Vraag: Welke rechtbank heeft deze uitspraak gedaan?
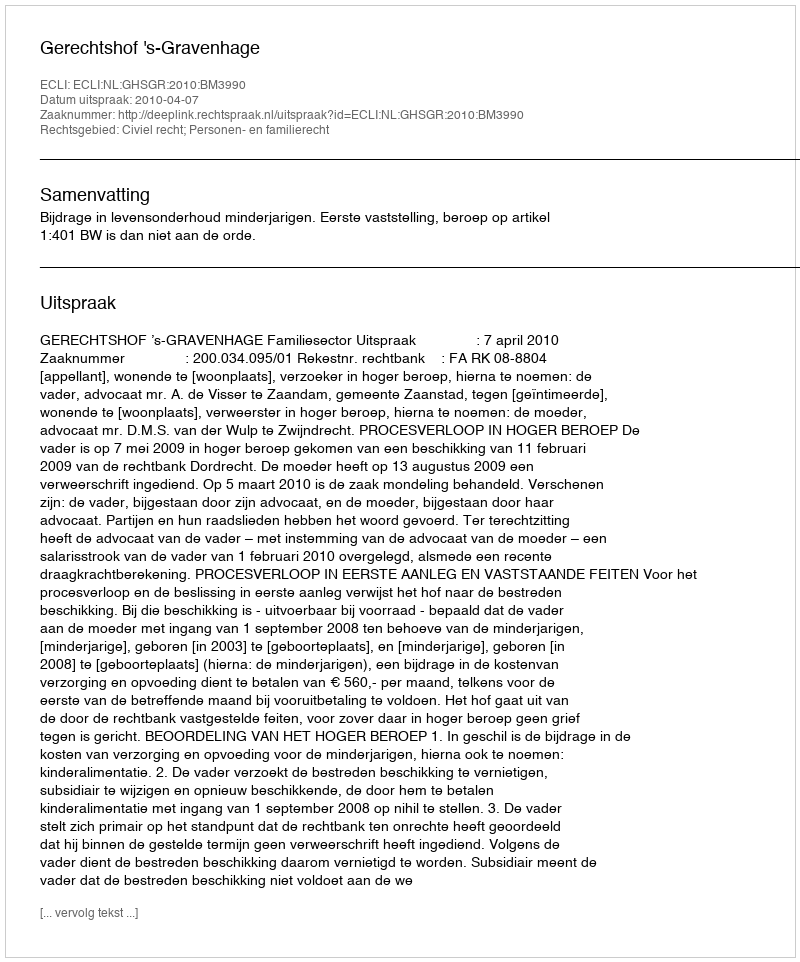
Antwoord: Gerechtshof 's-Gravenhage